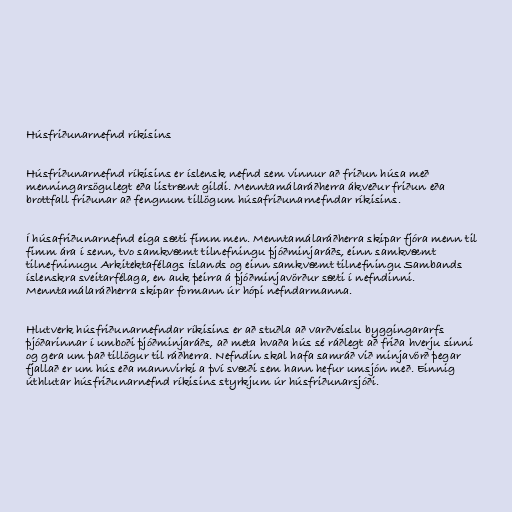
Húsfriðunarnefnd ríkisins

Húsfriðunarnefnd ríkisins er íslensk nefnd sem vinnur að friðun húsa með
menningarsögulegt eða listrænt gildi. Menntamálaráðherra ákveður friðun eða
brottfall friðunar að fengnum tillögum húsafriðunarnefndar ríkisins.

Í húsafriðunarnefnd eiga sæti fimm men. Menntamálaráðherra skipar fjóra menn til
fimm ára í senn, tvo samkvæmt tilnefningu þjóðminjaráðs, einn samkvæmt
tilnefninugu Arkitektafélags Íslands og einn samkvæmt tilnefningu Sambands
íslenskra sveitarfélaga, en auk þeirra á þjóðminjavörður sæti í nefndinni.
Menntamálaráðherra skipar formann úr hópi nefndarmanna.

Hlutverk húsfriðunarnefndar ríkisins er að stuðla að varðveislu byggingararfs
þjóðarinnar í umboði þjóðminjaráðs, að meta hvaða hús sé ráðlegt að friða hverju sinni
og gera um það tillögur til ráðherra. Nefndin skal hafa samráð við minjavörð þegar
fjallað er um hús eða mannvirki a því svæði sem hann hefur umsjón með. Einnig
úthlutar húsfriðunarnefnd ríkisins styrkjum úr húsfriðunarsjóði.